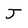
Character: J